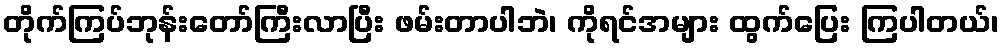
တိုက်ကြပ်ဘုန်းတော်ကြီးလာပြီး ဖမ်းတာပါဘဲ၊ ကိုရင်အများ ထွက်ပြေး ကြပါတယ်၊